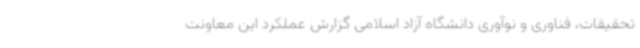
تحقیقات، فناوری و نوآوری دانشگاه آزاد اسلامی گزارش عملکرد این معاونت